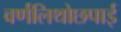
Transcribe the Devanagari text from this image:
वर्णलिथोछपाई